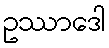
ဥဿာဒေါ